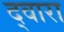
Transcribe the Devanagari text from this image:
द्‍वारा